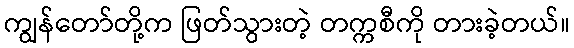
ကျွန်တော်တို့က ဖြတ်သွားတဲ့ တက္ကစီကို တားခဲ့တယ်။